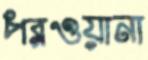
পরওয়ানা